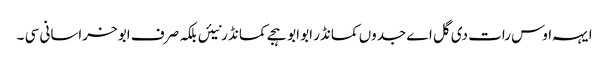
ایہہ اوس رات دی گل اے جدوں کمانڈر ابو ابو ہجے کمانڈ ر نیئں بلکہ صرف ابو خراسانی سی ۔